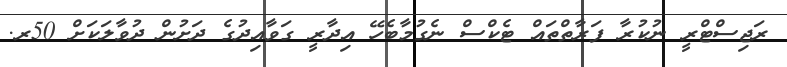
ރަޖިސްޓްރީ ނުކުރާ ފަރާތްތައް ޓެކްސް ނެގުމާބެހޭ އިދާރީ ގަވާއިދުގެ ދަށުން ދުވާލަކަށް 50ރ.